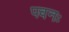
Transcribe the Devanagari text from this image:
पवनः